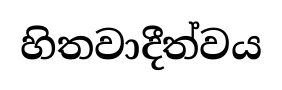
හිතවාදීත්වය